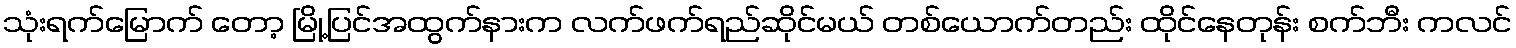
သုံးရက်မြောက် တော့ မြို့ပြင်အထွက်နားက လက်ဖက်ရည်ဆိုင်မယ် တစ်ယောက်တည်း ထိုင်နေတုန်း စက်ဘီး ကလင်